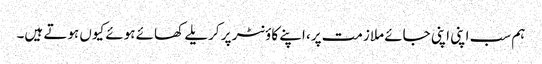
ہم سب اپنی اپنی جائے ملازمت پر، اپنے کاؤنٹر پر کریلے کھائے ہوئے کیوں ہوتے ہیں۔